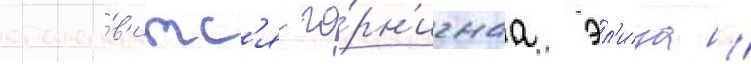
стано́в'итс'я го́рн'ичнаа эл'иза //